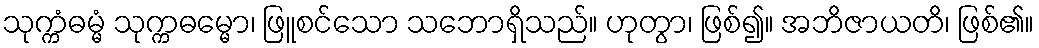
သုက္ကံဓမ္မံ သုက္ကဓမ္မော၊ ဖြူစင်သော သဘောရှိသည်။ ဟုတွာ၊ ဖြစ်၍။ အဘိဇာယတိ၊ ဖြစ်၏။